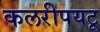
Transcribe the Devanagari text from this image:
कलरीपयटू